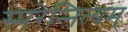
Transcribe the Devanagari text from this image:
स्मरेन्‍नित्यम्‌